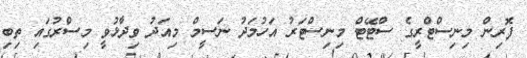
ފޮރިން މިނިސްޓްރީގެ ސްޓޭޓް މިނިސްޓަރު އަހުމަދު ނަސީމް މިއަދު ވިދާޅުވީ މިސްރުގައި ތިބި